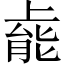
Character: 𫠹